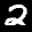
Label: 2